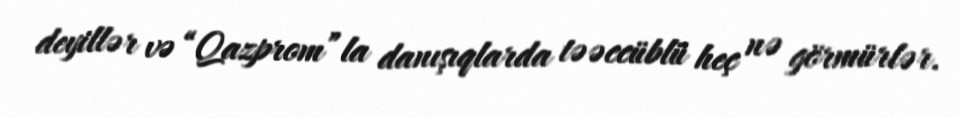
deyillər və “Qazprom”la danışıqlarda təəccüblü heç nə görmürlər.